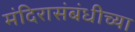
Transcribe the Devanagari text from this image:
मंदिरासंबंधीच्या